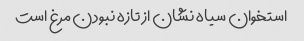
استخوان سیاه نشان از تازه نبودن مرغ است